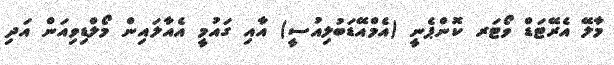
މާލޭ އެރޭޓަޑް ވޯޓަރ ކޮންޕެނީ (އެމްއޭޑަބުލިއުސީ) އާއި ގައުމީ އެއާލައިން މޯލްޑިވިއަން އަދި